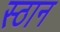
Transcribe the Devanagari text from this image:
स्ठान